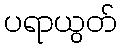
ပရာယွတ်